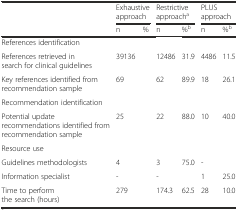
|  | <COLSPAN=2> Exhaustive approach | <COLSPAN=2> Restrictive approacha | <COLSPAN=2> PLUS approach |
 |  | n | % | n | %b | n | %b |
 | --- | --- | --- | --- | --- | --- | --- |
 | <COLSPAN=7> References identification |
 | References retrieved in search for clinical guidelines | 39136 |  | 12486 | 31.9 | 4486 | 11.5 |
 | Key references identified from recommendation sample | 69 |  | 62 | 89.9 | 18 | 26.1 |
 | <COLSPAN=7> Recommendation identification |
 | Potential update recommendations identified from recommendation sample | 25 |  | 22 | 88.0 | 10 | 40.0 |
 | <COLSPAN=7> Resource use |
 | Guidelines methodologists | 4 |  | 3 | 75.0 | - |  |
 | Information specialist | - |  | - |  | 1 | 25.0 |
 | Time to perform the search (hours) | 279 |  | 174.3 | 62.5 | 28 | 10.0 |